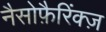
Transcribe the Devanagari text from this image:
नैसोफ़ैरिंक्ज़